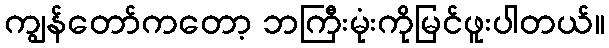
ကျွန်တော်ကတော့ ဘကြီးမုံးကိုမြင်ဖူးပါတယ်။